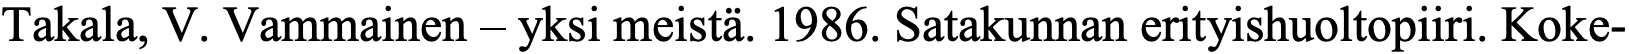
Takala, V. Vammainen – yksi meistä. 1986. Satakunnan erityishuoltopiiri. Koke-